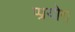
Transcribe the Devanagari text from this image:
प्प्रयोग